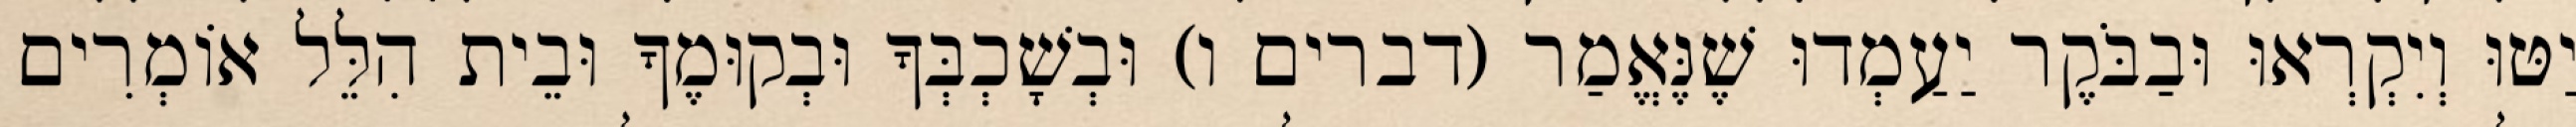
יַטּוּ וְיִקְרְאוּ וּבַבֹּקֶר יַעַמְדוּ שֶׁנֶּאֱמַר (דברים ו) וּבְשָׁכְבְּךָ וּבְקוּמֶךָ וּבֵית הִלֵּל אוֹמְרִים